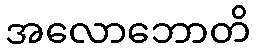
အလောဘောတိ